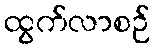
ထွက်လာစဉ်